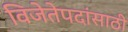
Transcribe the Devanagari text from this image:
विजेतेपदांसाठी